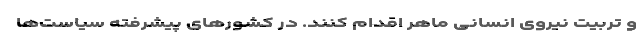
و تربیت نیروی انسانی ماهر اقدام کنند. در کشور‌های پیشرفته سیاست‌ها